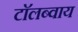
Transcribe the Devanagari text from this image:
टाॅलब्वाय